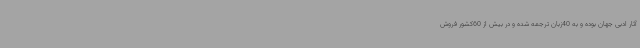
آثار ادبی جهان بوده و به 40زبان ترجمه شده و در بیش از 60کشور فروش